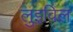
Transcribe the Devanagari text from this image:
लुइविल